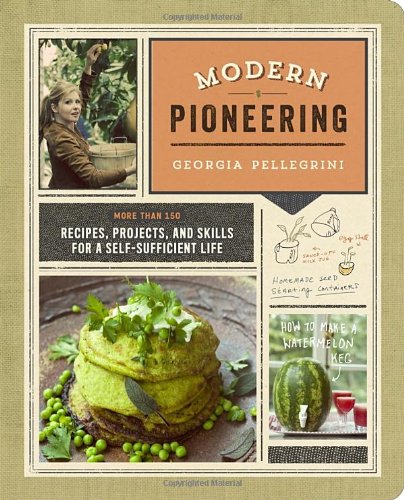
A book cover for Modern Pioneering: More Than 150 Recipes, Projects, and Skills for a Self-Sufficient Life; Georgia Pellegrini; Cookbooks, Food & Wine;